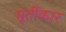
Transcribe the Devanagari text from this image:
मूर्तीकार